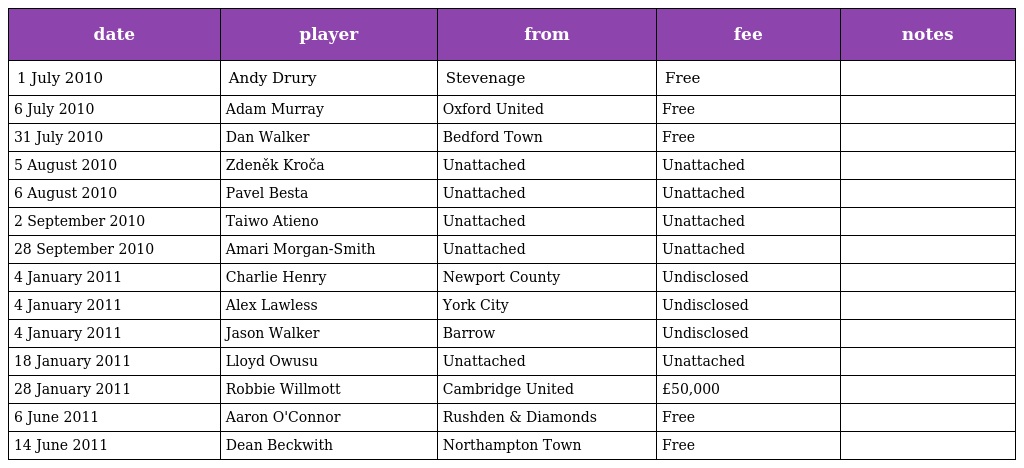
| date | player | from | fee | notes |
 | --- | --- | --- | --- | --- |
 | 1 July 2010 | Andy Drury | Stevenage | Free |  |
 | 6 July 2010 | Adam Murray | Oxford United | Free |  |
 | 31 July 2010 | Dan Walker | Bedford Town | Free |  |
 | 5 August 2010 | Zdeněk Kroča | Unattached | Unattached |  |
 | 6 August 2010 | Pavel Besta | Unattached | Unattached |  |
 | 2 September 2010 | Taiwo Atieno | Unattached | Unattached |  |
 | 28 September 2010 | Amari Morgan-Smith | Unattached | Unattached |  |
 | 4 January 2011 | Charlie Henry | Newport County | Undisclosed |  |
 | 4 January 2011 | Alex Lawless | York City | Undisclosed |  |
 | 4 January 2011 | Jason Walker | Barrow | Undisclosed |  |
 | 18 January 2011 | Lloyd Owusu | Unattached | Unattached |  |
 | 28 January 2011 | Robbie Willmott | Cambridge United | £50,000 |  |
 | 6 June 2011 | Aaron O'Connor | Rushden & Diamonds | Free |  |
 | 14 June 2011 | Dean Beckwith | Northampton Town | Free |  |